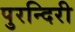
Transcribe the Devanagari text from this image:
पुरन्दिरी